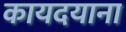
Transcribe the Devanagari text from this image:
कायदयाना